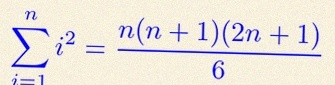
\sum_{i=1}^{n}i^2=\frac{n(n+1)(2n+1)}6